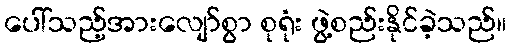
ပေါ်သည့်အားလျော်စွာ စုရုံး ဖွဲ့စည်းနိုင်ခဲ့သည်။